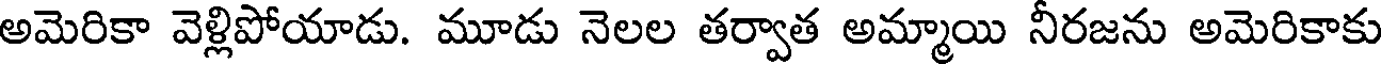
అమెరికా వెళ్లిపోయాడు. మూడు నెలల తర్వాత అమ్మాయి నీరజను అమెరికాకు